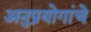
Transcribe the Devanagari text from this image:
अनुप्रयोगांचे